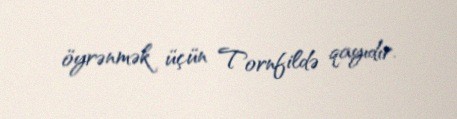
öyrənmək üçün Tornfildə qayıdır.